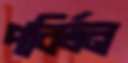
পবির্তন